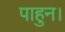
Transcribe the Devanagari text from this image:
पाहुन।